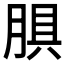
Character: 𰮬